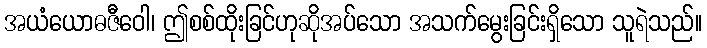
အယံယောဓဇီဝေါ၊ ဤစစ်ထိုးခြင်ဟုဆိုအပ်သော အသက်မွေးခြင်းရှိသော သူရဲသည်။